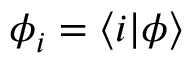
\phi _ { i } = \langle i | \phi \rangle